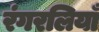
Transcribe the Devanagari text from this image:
रंगरलियाँ